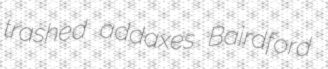
trashed addaxes Bairdford